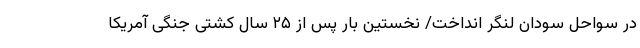
در سواحل سودان لنگر انداخت/ نخستین بار پس از ۲۵ سال کشتی جنگی آمریکا